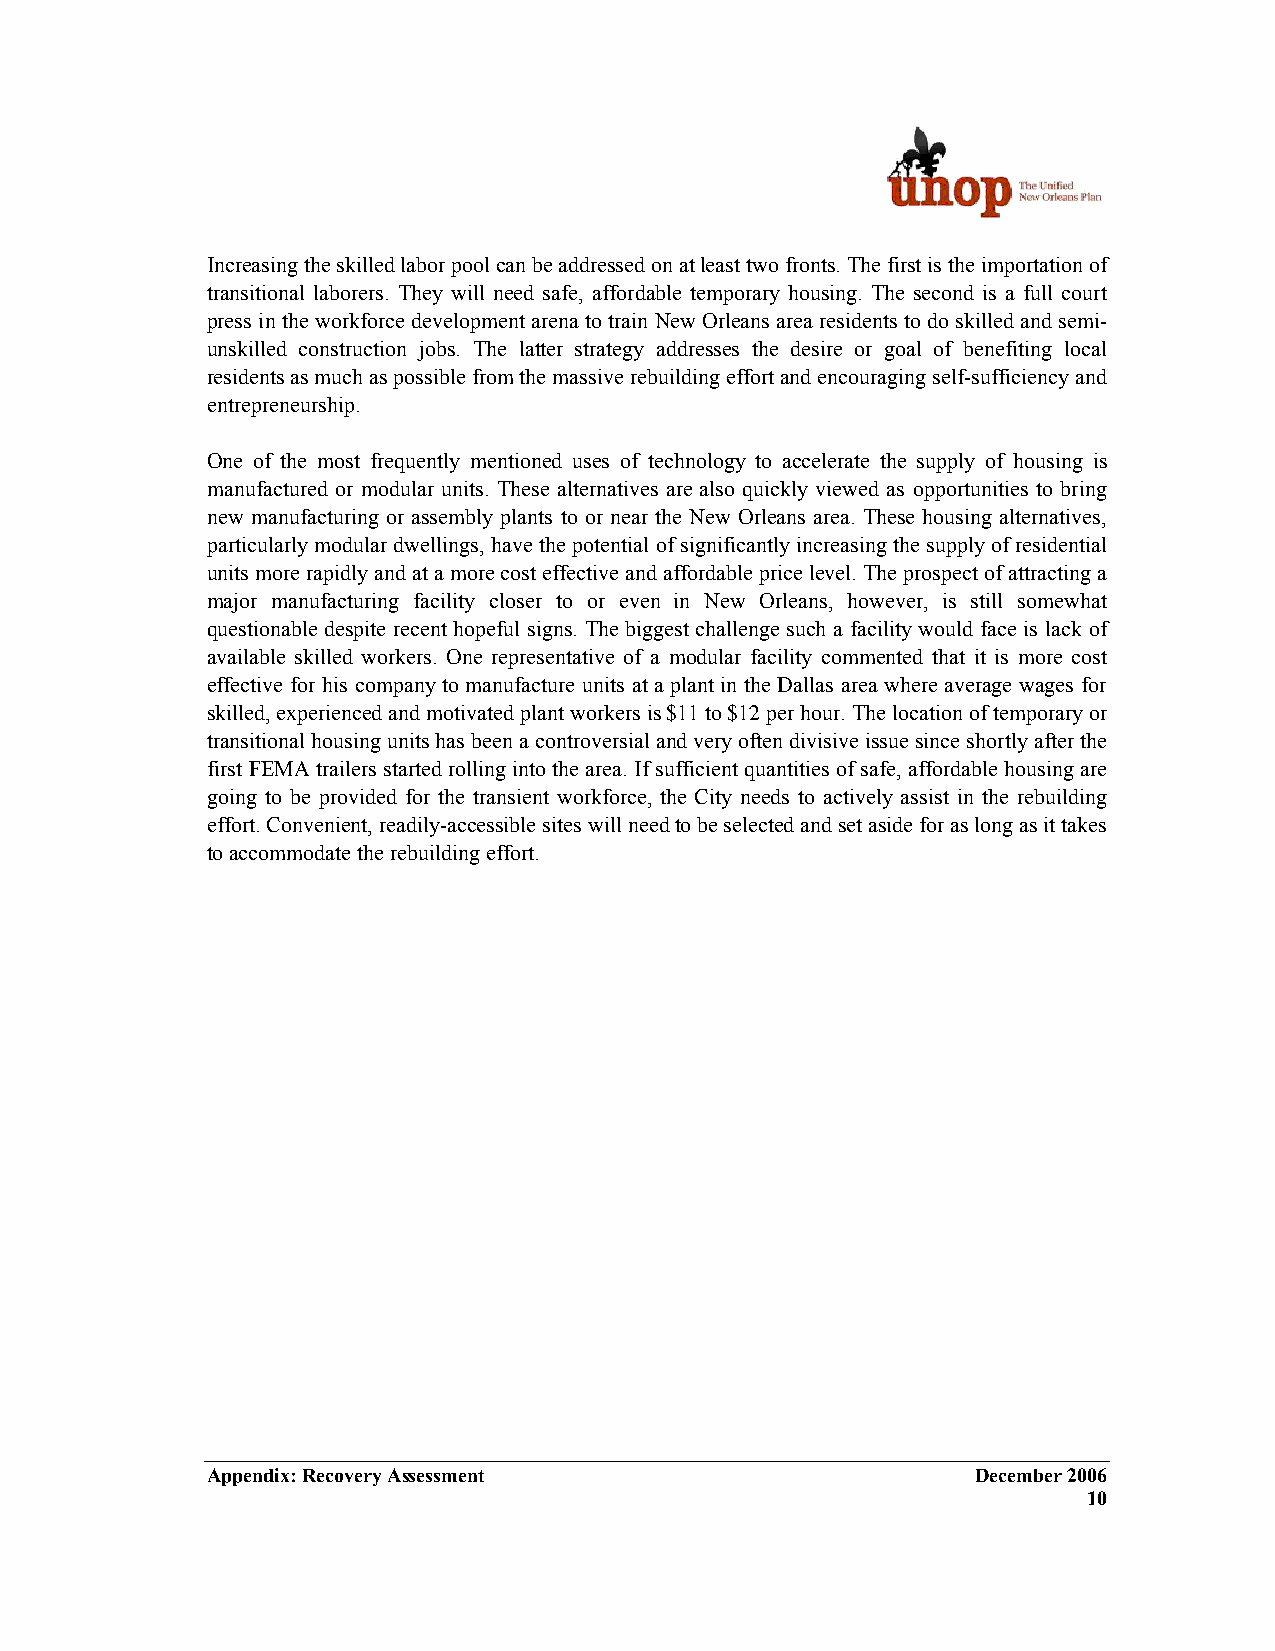
Increasing the skilled labor pool can be addressed on at least two fronts. The first is the importation of
 transitional laborers. They will need safe, affordable temporary housing. The second is a full court
 press in the workforce development arena to train New Orleans area residents to do skilled and semi-
 unskilled construction jobs. The latter strategy addresses the desire or goal of benefiting local
 residents as much as possible from the massive rebuilding effort and encouraging self-sufficiency and
 entrepreneurship.
 One of the most frequently mentioned uses of technology to accelerate the supply of housing is
 manufactured or modular units. These alternatives are also quickly viewed as opportunities to bring
 new manufacturing or assembly plants to or near the New Orleans area. These housing alternatives,
 particularly modular dwellings, have the potential of significantly increasing the supply of residential
 units more rapidly and at a more cost effective and affordable price level. The prospect of attracting a
 major manufacturing facility closer to or even in New Orleans, however, is still somewhat
 questionable despite recent hopeful signs. The biggest challenge such a facility would face is lack of
 available skilled workers. One representative of a modular facility commented that it is more cost
 effective for his company to manufacture units at a plant in the Dallas area where average wages for
 skilled, experienced and motivated plant workers is $11 to $12 per hour. The location of temporary or
 transitional housing units has been a controversial and very often divisive issue since shortly after the
 first FEMA trailers started rolling into the area. If sufficient quantities of safe, affordable housing are
 going to be provided for the transient workforce, the City needs to actively assist in the rebuilding
 effort. Convenient, readily-accessible sites will need to be selected and set aside for as long as it takes
 to accommodate the rebuilding effort.
 Appendix: Recovery Assessment                      December 2006
 10